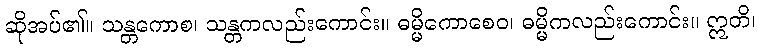
ဆိုအပ်၏။ သန္တကောစ၊ သန္တကလည်းကောင်း။ ဓမ္မိကောစေဝ၊ ဓမ္မိကလည်းကောင်း။ ဣတိ၊